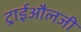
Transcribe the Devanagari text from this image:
ट्राईऔलजी